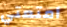
أمتعتي